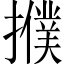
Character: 𢷏